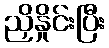
ညှိနှိုင်းပြီး